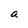
Character: a